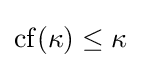
\operatorname {cf} (\kappa )\leq \kappa